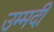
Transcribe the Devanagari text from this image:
उम्मदी